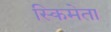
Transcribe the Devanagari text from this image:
स्किमेता